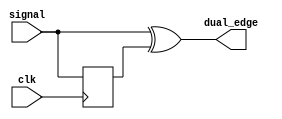
`timescale 1ns / 1ps
//////////////////////////////////////////////////////////////////////////////////
// Company: 
// Engineer: 
// 
// Design Name: 
// Module Name: dual_edge_detector_module
// Project Name: 
// Target Devices: 
// Tool Versions: 
// Description: 
// 
// Dependencies: 
// 
// Revision:
// Revision 0.01 - File Created
// Additional Comments:
// 
//////////////////////////////////////////////////////////////////////////////////


module dual_edge_detector_module(
    input signal,
    input clk,
    output dual_edge
    );
reg signal_delay;
    
always @ (posedge clk)
begin
    signal_delay <= signal;
end    

assign dual_edge = signal ^ signal_delay;
endmodule